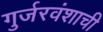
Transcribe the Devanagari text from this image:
गुर्जरवंशाची